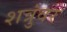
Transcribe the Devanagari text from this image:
शत्रुंवर